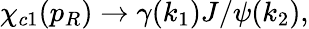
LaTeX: \chi_{c1}(p_{R})\to\gamma(k_{1})J/\psi(k_{2}),